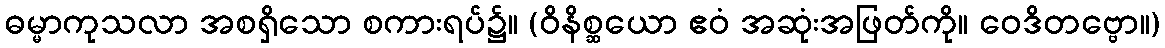
ဓမ္မာကုသလာ အစရှိသော စကားရပ်၌။ (ဝိနိစ္ဆယော ဧဝံ အဆုံးအဖြတ်ကို။ ဝေဒိတဗ္ဗော။)